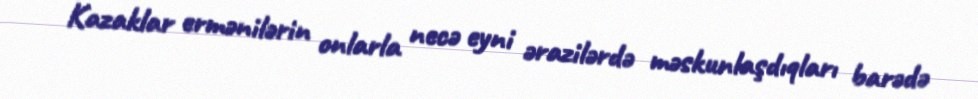
Kazaklar ermənilərin onlarla necə eyni ərazilərdə məskunlaşdıqları barədə